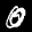
Label: 0